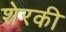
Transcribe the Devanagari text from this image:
शेरकी